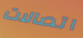
اتصالات